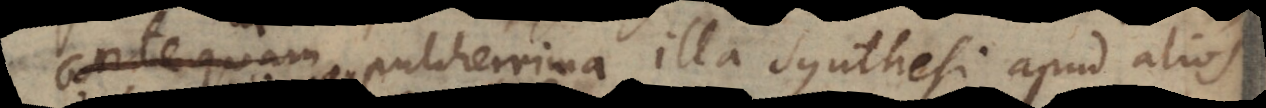
antequam pulcherrima illa synthesi apud alios